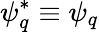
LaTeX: \psi_{q}^{*}\equiv\psi_{q}